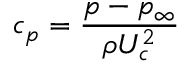
c _ { p } = \frac { p - p _ { \infty } } { \rho U _ { c } ^ { 2 } }